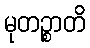
မုတဉ္စာတိ